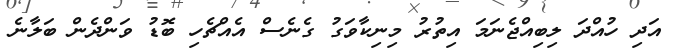
އަދި ހުއްދަ ލިބިއްޖެނަމަ އިތުރު މިނިކާވަގު ގެނެސް އެއްޗެހި ބޮޑު ވަންދެން ބަލާނެ